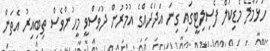
ހުޅުމާލެ މެޑިކަލް ފެސިލިޓީގައި ގިނަ އަދަދެއްގެ އުމުރުން ދުވަސްވީ މީހުންވެސް ތިބިއިރު އެތަން